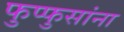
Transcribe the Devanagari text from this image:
फुप्फुसांना